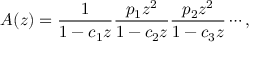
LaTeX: A ( z ) = { \frac { 1 } { 1 - c _ { 1 } z } } { \frac { p _ { 1 } z ^ { 2 } } { 1 - c _ { 2 } z } } { \frac { p _ { 2 } z ^ { 2 } } { 1 - c _ { 3 } z } } \cdots ,